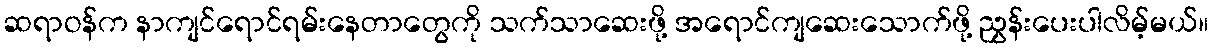
ဆရာဝန်က နာကျင်ရောင်ရမ်းနေတာတွေကို သက်သာဆေးဖို့ အရောင်ကျဆေးသောက်ဖို့ ညွှန်းပေးပါလိမ့်မယ်။